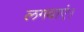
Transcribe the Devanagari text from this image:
लगवाएं।